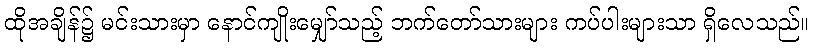
ထိုအချိန်၌ မင်းသားမှာ နောင်ကျိုးမျှော်သည့် ဘက်တော်သားများ ကပ်ပါးများသာ ရှိလေသည်။